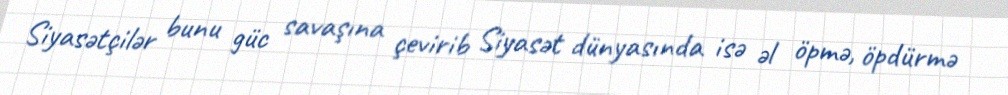
Siyasətçilər bunu güc savaşına çevirib Siyasət dünyasında isə əl öpmə, öpdürmə